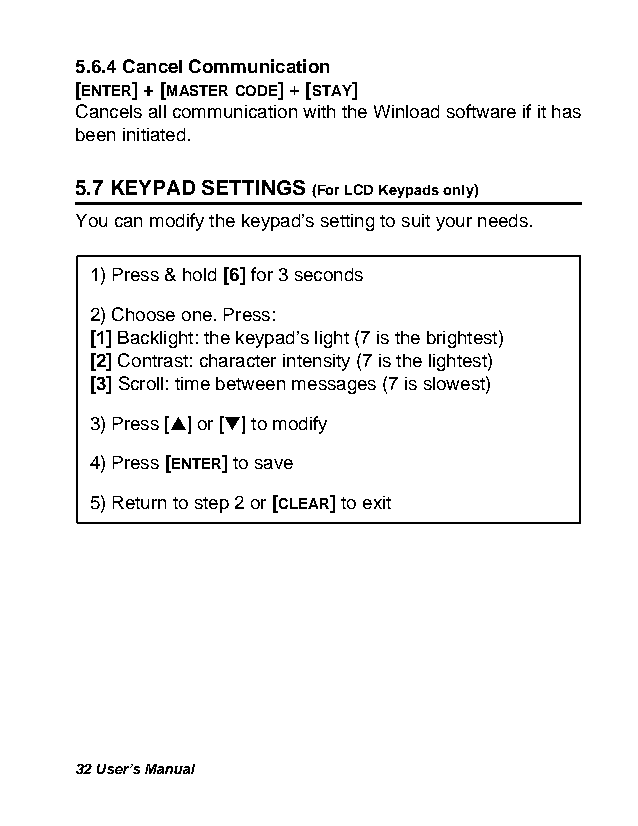
5.6.4 Cancel Communication
 [ENTER] + [MASTER CODE] + [STAY]
 Cancels all communication with the Winload software if it has
 been initiated.
 5.7 KEYPAD SETTINGS (For LCD Keypads only)
 You can modify the keypad’s setting to suit your needs.
 1) Press & hold [6] for 3 seconds
 2) Choose one. Press:
 [1] Backlight: the keypad’s light (7 is the brightest)
 [2] Contrast: character intensity (7 is the lightest)
 [3] Scroll: time between messages (7 is slowest)
 3) Press [s] or [t] to modify
 4) Press [ENTER] to save
 5) Return to step 2 or [CLEAR] to exit
 32 User’s Manual